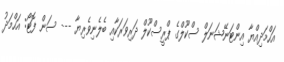
އަހްމަދިއްޔާ އިންޓަނޭޝަނަލް ސްކޫލްގެ ޕްރީސްކޫލް ދަރިވަރަކާއި ބެލެނިވެރިޔާ --- ސަން ފޮޓޯ: އަހްމަދު